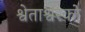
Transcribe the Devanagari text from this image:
श्वेताश्वरको